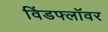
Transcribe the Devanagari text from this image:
विंडफ्लॉवर